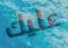
عليك